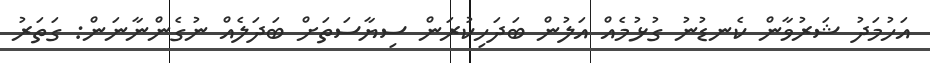
އަހުމަދު ޝަރުވާން ކެނޑުނު ގުޅުމެއް އަލުން ބަދަހިކުރަން ސިޔާސަތަށް ބަދަލެއް ނުގެންނާނަން: ގަތަރު